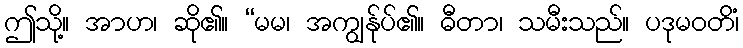
ဤသို့။ အာဟ၊ ဆို၏။ “မမ၊ အကျွန်ုပ်၏။ ဓီတာ၊ သမီးသည်။ ပဒုမဝတိံ၊